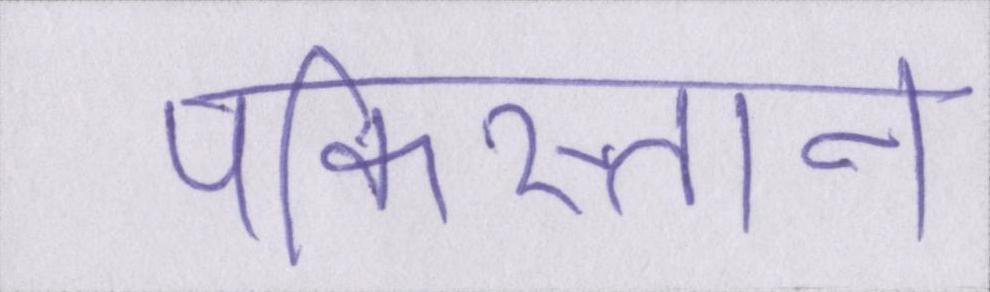
पकिस्तान